Reports on military cantonments and civil stations in the Presidency of Bombay inspected by the Sanitary Commissioner in the years 1875 and 1876
Year: 1875
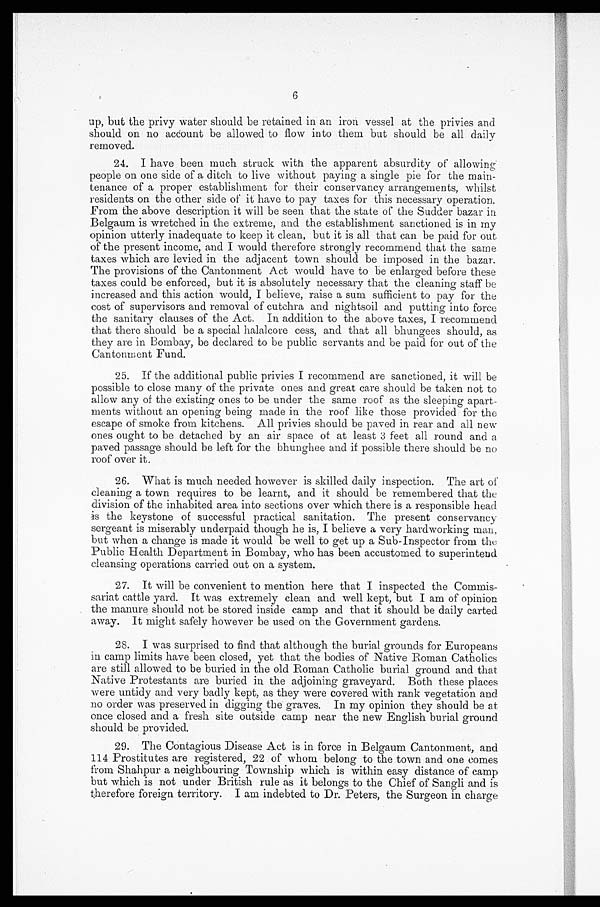
6
up, but the privy water should be retained in an iron vessel at the privies and
should on no account be allowed to flow into them but should be all daily
removed.
24. I have been much struck with the apparent absurdity of allowing
people on one side of a ditch to live without paying a single pie for the main-
tenance of a proper establishment for their conservancy arrangements, whilst
residents on the other side of it have to pay taxes for this necessary operation.
From the above description it will be seen that the state of the Sudder bazar in
Belgaum is wretched in the extreme, and the establishment sanctioned is in my
opinion utterly inadequate to keep it clean, but it is all that can be paid for out
of the present income, and I would therefore strongly recommend that the same
taxes which are levied in the adjacent town should be imposed in the bazar.
The provisions of the Cantonment Act would have to be enlarged before these
taxes could be enforced, but it is absolutely necessary that the cleaning staff be
increased and this action would, I believe, raise a sum sufficient to pay for the
cost of supervisors and removal of cutehra and nightsoil and putting into force
the sanitary clauses of the Act. In addition to the above taxes, I recommend
that there should be a special halalcore cess, and that all bhungees should, as
they are in Bombay, be declared to be public servants and be paid for out of the
Cantonment Fund.
25. If the additional public privies I recommend are sanctioned, it will be
possible to close many of the private ones and great care should be taken not to
allow any of the existing ones to be under the same roof as the sleeping apart-
ments without an opening being made in the roof like those provided for the
escape of smoke from kitchens. All privies should be paved in rear and all new
ones ought to be detached by an air space of at least 3 feet all round and a
paved passage should be left for the bhunghee and if possible there should be no
roof over it.
26. What is much needed however is skilled daily inspection. The art of
cleaning a town requires to be learnt, and it should be remembered that the
division of the inhabited area into sections over which there is a responsible head
is the keystone of successful practical sanitation. The present conservancy
sergeant is miserably underpaid though he is, I believe a very hardworking man,
but when a change is made it would be well to get up a Sub-Inspector from the
Public Health Department in Bombay, who has been accustomed to superintend
cleansing operations carried out on a system.
27. It will be convenient to mention here that I inspected the Commis
- s a r i a t c a t t l e y a r d . I t w a s e x t r e m e l y c l e a n a n d w e l l k e p t , b u t I a m o f o p i n i o n
the manure should not be stored inside camp and that it should be daily carted
away. It might safely however be used on the Government gardens.
28.
I was surprised to find that although the burial grounds for Europeans
in camp limits have been closed, yet that the bodies of Native Roman Catholics
are still allowed to be buried in the old Roman Catholic burial ground and that
Native Protestants are buried in the adjoining graveyard. Both these places
were untidy and very badly kept, as they were covered with rank vegetation and
no order was preserved in digging the graves. In my opinion they should be at
once closed and a fresh site outside camp near the new English burial ground
should be provided.
29. The Contagious Disease Act is in force in Belgaum Cantonment, and
114 Prostitutes are registered, 22 of whom belong to the town and one comes
from Shahpur a neighbouring Township which is within easy distance of camp
but which is not under British rule as it belongs to the Chief of Sangli and is
therefore foreign territory. I am indebted to Dr. Peters, the Surgeon in charge